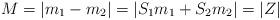
LaTeX: \begin{align*}M=|m_{1}-m_{2}|=|S_{1}m_{1}+S_{2}m_{2}|=|Z|\end{align*}